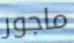
ماجور